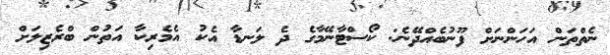
ނެތްތަން އަހަންނަށް ފޫނުބެއްދޭނެ: ކޯސްޓާނޭމާގެ ދެ ލަނޑާ އެކު އެމެރިކާ އަތުން ބްރެޒިލަށް